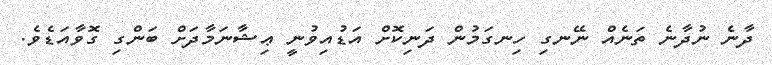
ދާނެ ނުދާނެ ތަނެއް ނޭނގި ހިނގަމުން ދަނިކޮށް އަޑުއިވުނީ ޢިޝާނަމާދަށް ބަންގި ގޮވާއަޑެވެ.